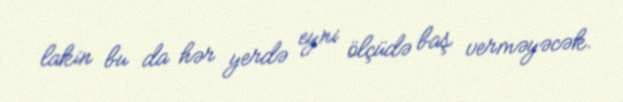
lakin bu da hər yerdə eyni ölçüdə baş verməyəcək.